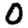
Digit: 0